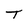
Character: T